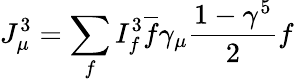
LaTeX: J_{\mu}^{3}=\sum_{f}I_{f}^{3}{\overline{{f}}}\gamma_{\mu}{\frac{1-\gamma^{5}}{2}}f